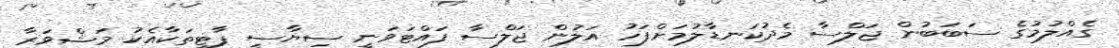
ގެއްލުމުގެ ސަބަބުން ޖަލްސާ މެދުކަނޑާލުމަށްފަހު އަލުން ޖަލްސާ ފައްޓަވަނީ ސިޔާސީ ޕާޓީތަކާއެކު މަޝްވަރާ